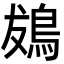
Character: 䳊